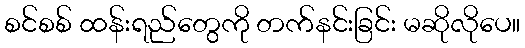
စင်စစ် ထန်းရည်တွေကို တက်နင်းခြင်း မဆိုလိုပေ။